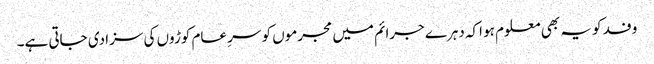
وفد کو یہ بھی معلوم ہو اکہ دہرے جرائم میں مجرموں کو سرِ عام کوڑوں کی سزا دی جاتی ہے۔